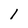
Character: l